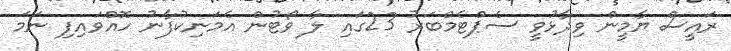
ރައީސް ޔާމީން ވިދާޅުވީ ސެޕްޓެމްބަރު 23ގައި ލާ ވޯޓުން އެމަނިކުފާނު ހޮއްވައިފި ނަމަ